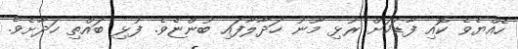
ހެއްޔެވެ ކޮއި ފާޑަކަށް ރުޅި މޫނު ހަދާލާފައި ބުންޏެވެ. ފުޅި ބައްތި ހަދާށެވެ.